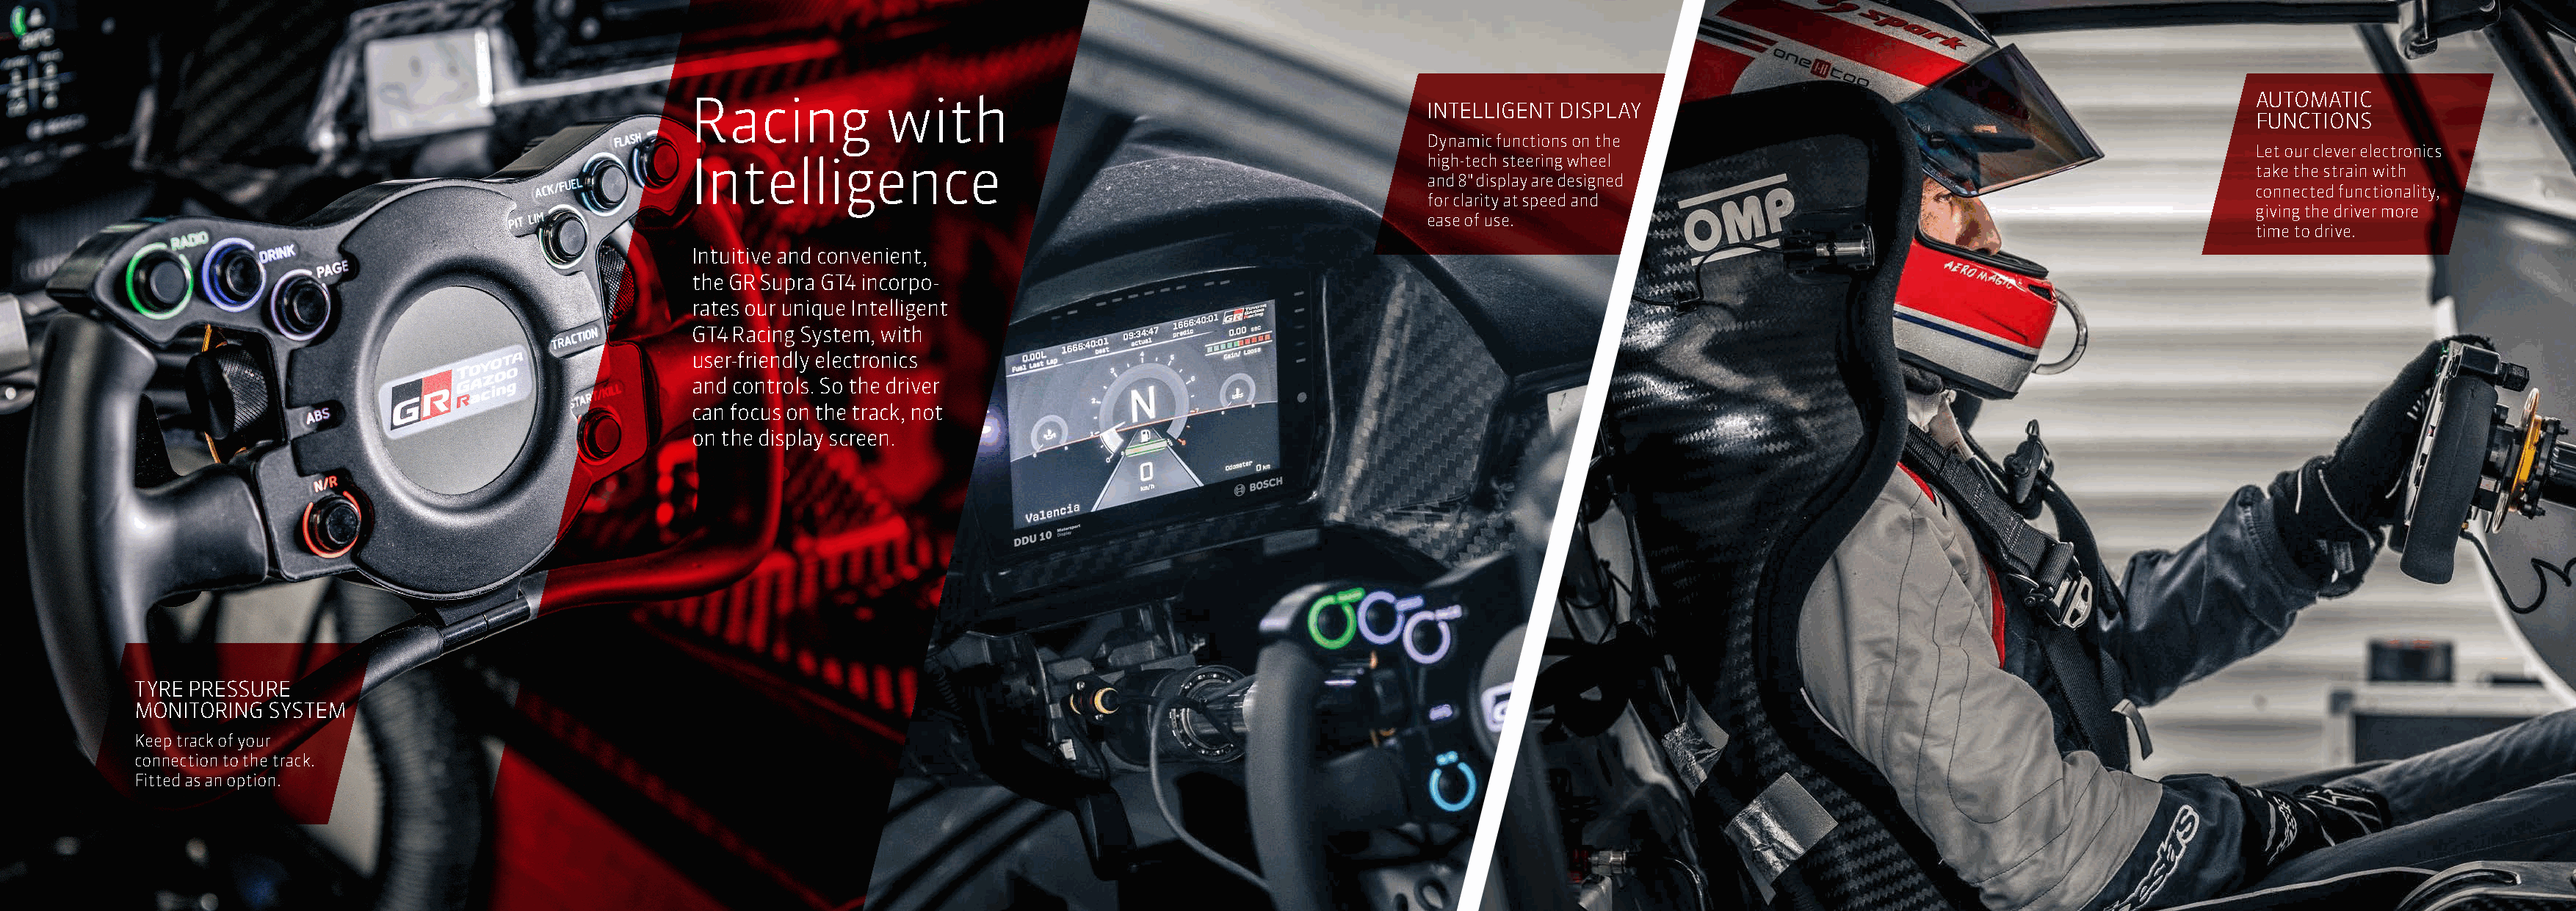
AUTOMATIC
 Racing            with
 INTELLIGENT DISPLAY
 FUNCTIONS
 Dynamic functions on the
 Let our clever electronics
 Intelligence                                                       high-tech steering wheel
 take the strain with
 and 8" display are designed
 connected functionality,
 for clarity at speed and
 giving the driver more
 ease of use.
 time to drive.
 Intuitive and convenient,
 the GR Supra GT4 incorpo-
 rates our unique Intelligent
 GT4 Racing System, with
 user-friendly electronics
 and controls. So the driver
 can focus on the track, not
 on the display screen.
 TYRE PRESSURE
 MONITORING  SYSTEM
 Keep track of your
 connection to the track.
 Fitted as an option.